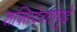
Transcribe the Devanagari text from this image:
शक्तिदेवतांपुढे